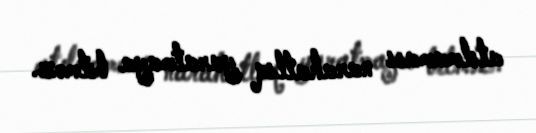
atılmaması narahatlıq yaratmaya bilməz.